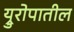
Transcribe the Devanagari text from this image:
य्रुरोपातील